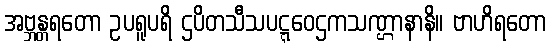
အဗ္ဘန္တရတော ဥပရူပရိ ဌပိတသီသပဋ္ဋဝေဌကသဏ္ဌာနာနိ။ ဗာဟိရတော